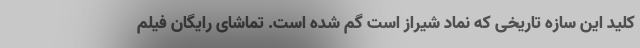
کلید این سازه تاریخی که نماد شیراز است گم شده است. تماشای رایگان فیلم